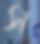
স